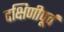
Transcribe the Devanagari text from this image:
दक्षिणीपूर्व